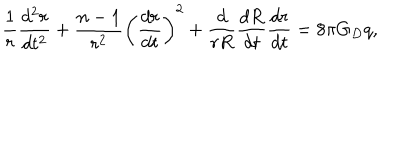
\frac { 1 } { r } \frac { d ^ { 2 } r } { d t ^ { 2 } } + \frac { n - 1 } { r ^ { 2 } } \left( \frac { d r } { d t } \right) ^ { 2 } + \frac { d } { r R } \frac { d R } { d t } \frac { d r } { d t } = 8 \pi G _ { D } q ,